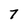
Character: 7